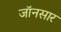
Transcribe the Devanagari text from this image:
जॉनसार